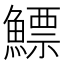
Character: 鰾